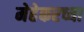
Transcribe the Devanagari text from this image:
मेहेकरच्या